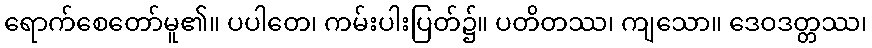
ရောက်စေတော်မူ၏။ ပပါတေ၊ ကမ်းပါးပြတ်၌။ ပတိတဿ၊ ကျသော။ ဒေဝဒတ္တဿ၊